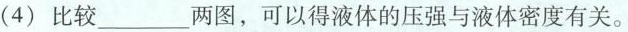
(4)比较___两图，可以得液体的压强与液体密度有关。